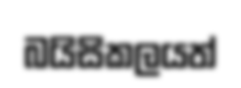
බයිසිකලයත්